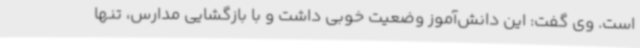
است. وی گفت: این دانش‌آموز وضعیت خوبی داشت و با بازگشایی مدارس، تنها